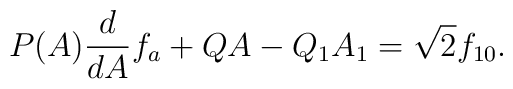
P(A) \frac{d}{dA} f_a + QA - Q_1 A_1 =\sqrt{2} f_{10} .